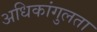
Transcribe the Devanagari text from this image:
अधिकांगुलता